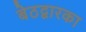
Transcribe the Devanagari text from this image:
बेठद्वारका